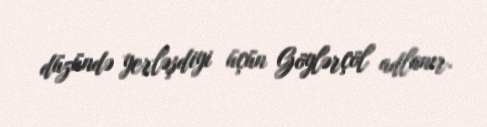
düzündə yerləşdiyi üçün Göylərçöl adlanır.